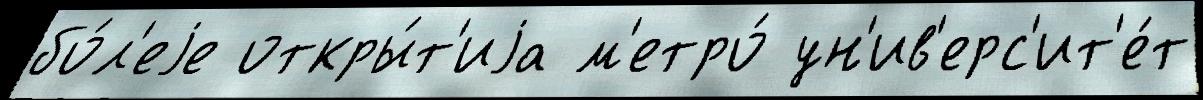
бо́л'еjе откры́т'иjа м'етро́ ун'ив'ерс'ит'е́т